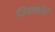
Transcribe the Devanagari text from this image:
जियाकोनी